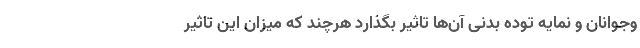
وجوانان و نمایه توده بدنی آن‌ها تاثیر بگذارد هرچند که میزان این تاثیر